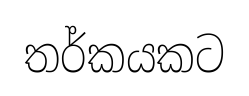
තර්කයකට